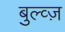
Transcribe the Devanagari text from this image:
बुल्व्ज़